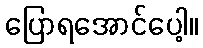
ပြောရအောင်ပေါ့။